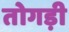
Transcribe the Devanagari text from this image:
तोगड़ी